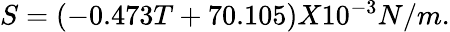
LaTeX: \begin{array}{r}{S=(-0.473T+70.105)X10^{-3}N/m.}\end{array}